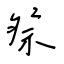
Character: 祭